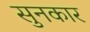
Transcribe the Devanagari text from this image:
सुनकार